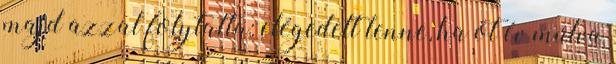
majd azzal folytatta: elégedett lenne, ha öt év múlva